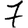
Digit: 7